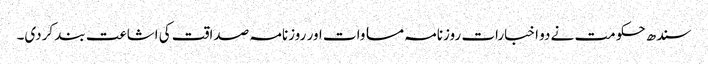
سندھ حکومت نے دو اخبارات روزنامہ مساوات اور روزنامہ صداقت کی اشاعت بند کردی۔